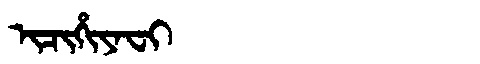
Manchu: ᡳᠴᡳᡥᡳᠶᠠᠸᡳ
Romanization: ICIHIYAFI